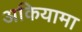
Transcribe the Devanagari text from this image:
अकियामा